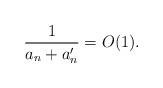
LaTeX: \begin{align*} \frac{1}{a_n+a_n^{\prime}}=O(1).\end{align*}